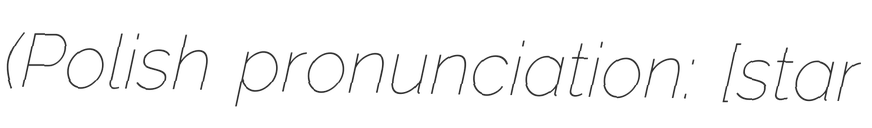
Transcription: (Polish pronunciation: [ˈstarɨ